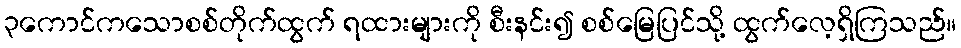
၃ကောင်ကသောစစ်တိုက်ထွက် ရထားများကို စီးနင်း၍ စစ်မြေပြင်သို့ ထွက်လေ့ရှိကြသည်။